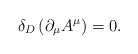
\begin{align*}\delta _D \left( {\partial _\mu A^\mu } \right) = 0.\end{align*}